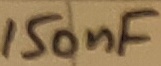
Text: 150nF